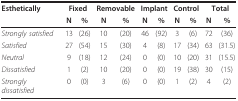
<table><thead><tr><td><b>Esthetically</b></td><td colspan="2"><b>Fixed</b></td><td colspan="2"><b>Removable</b></td><td colspan="2"><b>Implant</b></td><td colspan="2"><b>Control</b></td><td colspan="2"><b>Total</b></td></tr><tr><td></td><td><b>N</b></td><td><b>%</b></td><td><b>N</b></td><td><b>%</b></td><td><b>N</b></td><td><b>%</b></td><td><b>N</b></td><td><b>%</b></td><td><b>N</b></td><td><b>%</b></td></tr></thead><tbody><tr><td><i>Strongly satisfied</i></td><td>13</td><td>(26)</td><td>10</td><td>(20)</td><td>46</td><td>(92)</td><td>3</td><td>(6)</td><td>72</td><td>(36)</td></tr><tr><td><i>Satisfied</i></td><td>27</td><td>(54)</td><td>15</td><td>(30)</td><td>4</td><td>(8)</td><td>17</td><td>(34)</td><td>63</td><td>(31.5)</td></tr><tr><td><i>Neutral</i></td><td>9</td><td>(18)</td><td>12</td><td>(24)</td><td>0</td><td>(0)</td><td>10</td><td>(20)</td><td>31</td><td>(15.5)</td></tr><tr><td><i>Dissatisfied</i></td><td>1</td><td>(2)</td><td>10</td><td>(20)</td><td>0</td><td>(0)</td><td>19</td><td>(38)</td><td>30</td><td>(15)</td></tr><tr><td><i>Strongly dissatisfied</i></td><td>0</td><td>(0)</td><td>3</td><td>(6)</td><td>0</td><td>(0)</td><td>1</td><td>(2)</td><td>4</td><td>(2)</td></tr></tbody></table>